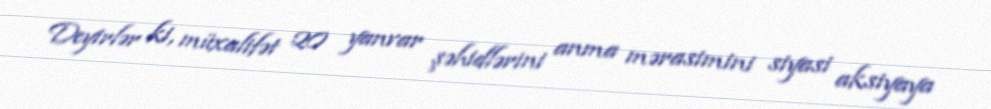
Deyirlər ki, müxalifət 20 yanvar şəhidlərini anma mərasimini siyasi aksiyaya